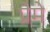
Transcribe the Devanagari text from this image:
प्रेमे